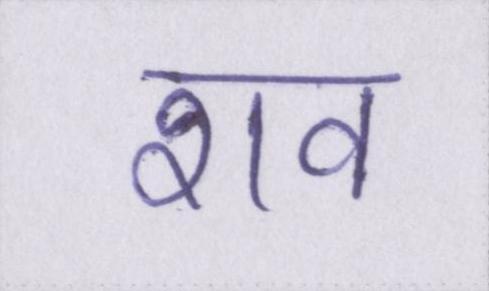
शव